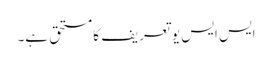
ایس ایس یو تعریف کا مستحق ہے۔